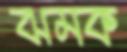
ঝমক